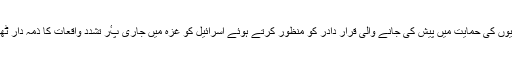
14 جون2018ء) اقوامِ متحدہ کی جنرل اسمبلی نے فلسطینیوں کی حمایت میں پیش کی جانے والی قرار دادر کو منظور کرتے ہوئے اسرائیل کو غزہ میں جاری پٴْر تشدد واقعات کا ذمہ دار ٹھہرادیا جبکہ طاقت کے استعمال کو افسوس ناک قرار دیدیا۔